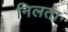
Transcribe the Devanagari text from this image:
निलता